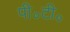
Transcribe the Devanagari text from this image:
पी॰टी॰